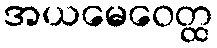
အယမေဝေတ္ထ